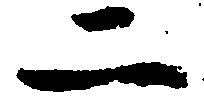
二